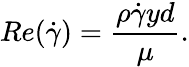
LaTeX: Re(\dot{\gamma})=\frac{\rho\dot{\gamma}yd}{\mu}.